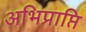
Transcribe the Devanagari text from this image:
अभिप्राप्ति